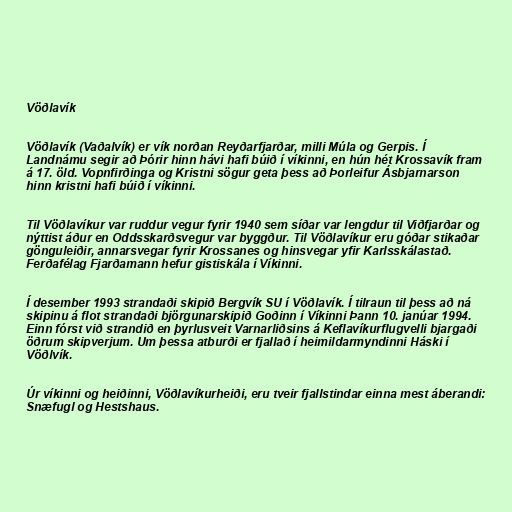
Vöðlavík

Vöðlavík (Vaðalvík) er vík norðan Reyðarfjarðar, milli Múla og Gerpis. Í
Landnámu segir að Þórir hinn hávi hafi búið í víkinni, en hún hét Krossavík fram
á 17. öld. Vopnfirðinga og Kristni sögur geta þess að Þorleifur Ásbjarnarson
hinn kristni hafi búið í víkinni.

Til Vöðlavíkur var ruddur vegur fyrir 1940 sem síðar var lengdur til Viðfjarðar og
nýttist áður en Oddsskarðsvegur var byggður. Til Vöðlavíkur eru góðar stikaðar
gönguleiðir, annarsvegar fyrir Krossanes og hinsvegar yfir Karlsskálastað.
Ferðafélag Fjarðamann hefur gistiskála í Víkinni.

Í desember 1993 strandaði skipið Bergvík SU í Vöðlavík. Í tilraun til þess að ná
skipinu á flot strandaði björgunarskipið Goðinn í Víkinni Þann 10. janúar 1994.
Einn fórst við strandið en þyrlusveit Varnarliðsins á Keflavíkurflugvelli bjargaði
öðrum skipverjum. Um þessa atburði er fjallað í heimildarmyndinni Háski í
Vöðlvík.

Úr víkinni og heiðinni, Vöðlavíkurheiði, eru tveir fjallstindar einna mest áberandi:
Snæfugl og Hestshaus.